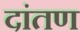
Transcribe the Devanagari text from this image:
दांतण